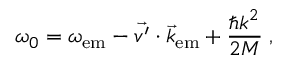
\omega _ { 0 } = \omega _ { \mathrm { e m } } - \vec { v ^ { \prime } } \cdot \vec { k } _ { \mathrm { e m } } + \frac { \hbar k ^ { 2 } } { 2 M } \; ,